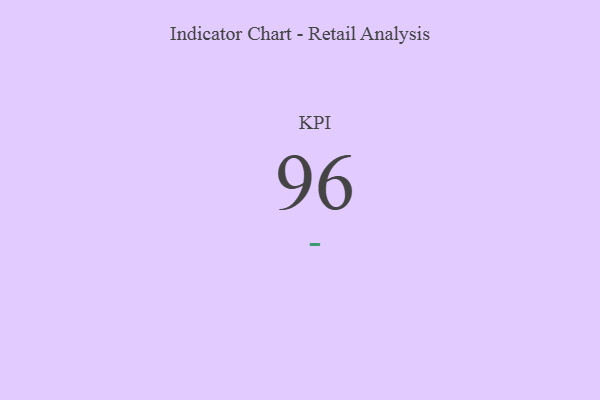
{"axis": {"x": "KPI", "y": "Value"}, "legend": [""], "data": [{"x": "KPI", "y": 96, "type": ""}]}